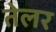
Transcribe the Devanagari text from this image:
तेलर